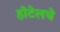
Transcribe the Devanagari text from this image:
होटेलचे